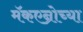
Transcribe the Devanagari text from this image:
मॅकएन्रोच्या